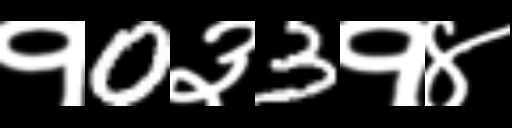
Text: १0३3१४